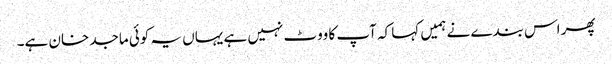
پھر اس بندے نے ہمیں کہا کہ آپ کا ووٹ نہیں ہے یہاں یہ کوئی ماجد خان ہے۔